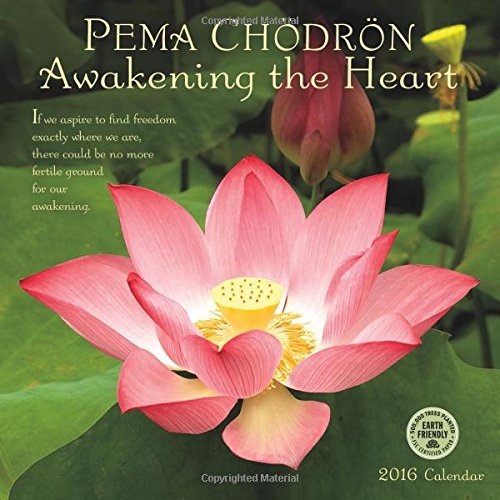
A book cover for Pema Chodron 2016 Wall Calendar; Pema Chodron; Religion & Spirituality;